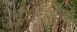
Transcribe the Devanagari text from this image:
पुनरावर्तनों